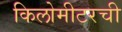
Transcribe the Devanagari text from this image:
किलोमीटरची